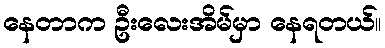
နေတာက ဦးလေးအိမ်မှာ နေရတယ်။